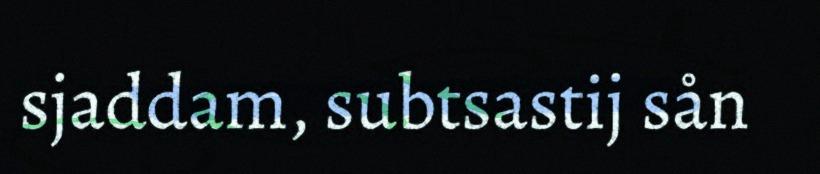
sjaddam, subtsastij sån